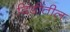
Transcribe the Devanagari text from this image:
दिंडीतील